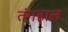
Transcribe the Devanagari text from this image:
तंगहाल